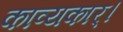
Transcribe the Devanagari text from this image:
काव्यकार्।